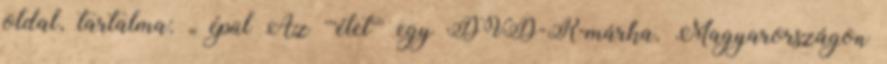
oldal, tartalma: „ épül Az '''élet''' egy DVD-R-márka. Magyarországon